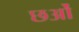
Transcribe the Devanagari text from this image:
छओं